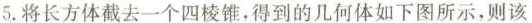
5.将长方体截去一个四棱锥，得到的几何体如下图所示，则该